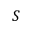
S